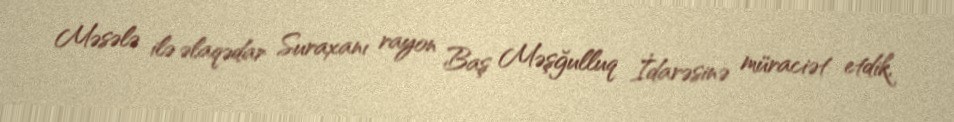
Məsələ ilə əlaqədar Suraxanı rayon Baş Məşğulluq İdarəsinə müraciət etdik,